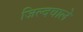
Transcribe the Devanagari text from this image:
जिल्दवाले